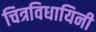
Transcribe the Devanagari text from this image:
चित्रविधायिनी